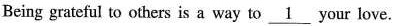
Being grateful to others is way to \underline_{1} your love.